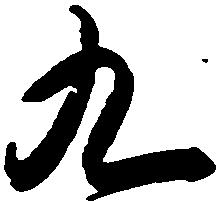
九